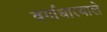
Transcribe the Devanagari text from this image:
वर्गाधारवाले